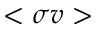
< \sigma v >